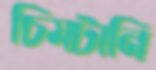
চিমটানি